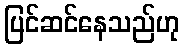
ပြင်ဆင်နေသည်ဟု